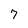
Character: 7